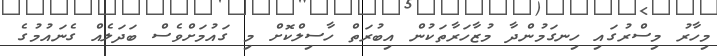
މިހާރު މިސްރުގައި ހިނގަމުންދާ މުޒާހަރާތަކުން އިބުރަތް ހާސިލްކޮށް މި ގައުމަށްވެސް ބަދަލެއް ގެނައުމުގެ